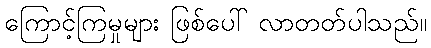
ကြောင့်ကြမှုများ ဖြစ်ပေါ် လာတတ်ပါသည်။